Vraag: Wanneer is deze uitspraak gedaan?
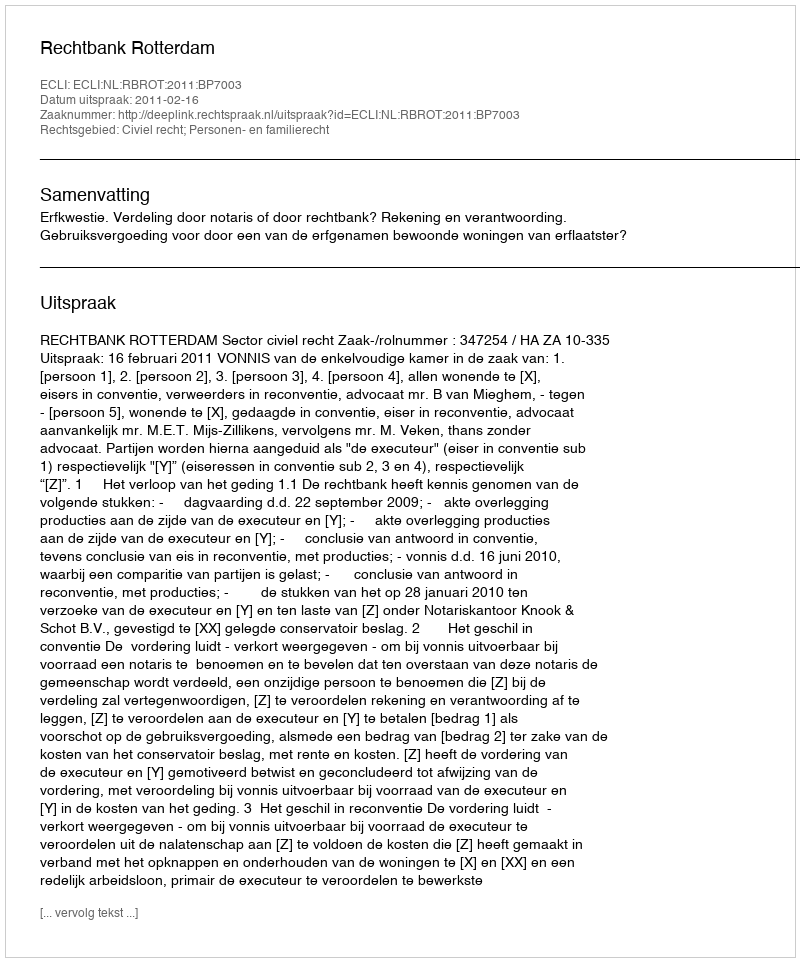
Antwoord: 2011-02-16